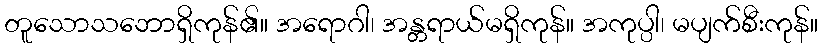
တူသောသဘောရှိကုန်၏။ အရောဂါ၊ အန္တရာယ်မရှိကုန်။ အကုပ္ပါ၊ မပျက်စီးကုန်။